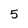
Character: 5